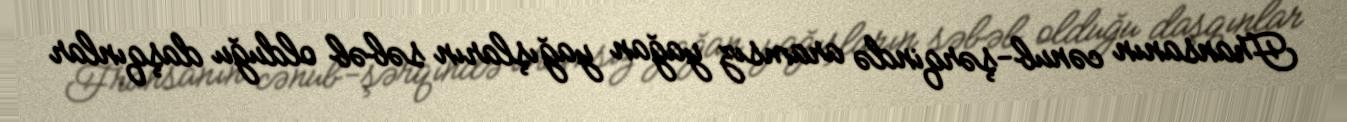
Fransanın cənub-şərqində aramsız yağan yağışların səbəb olduğu daşqınlar